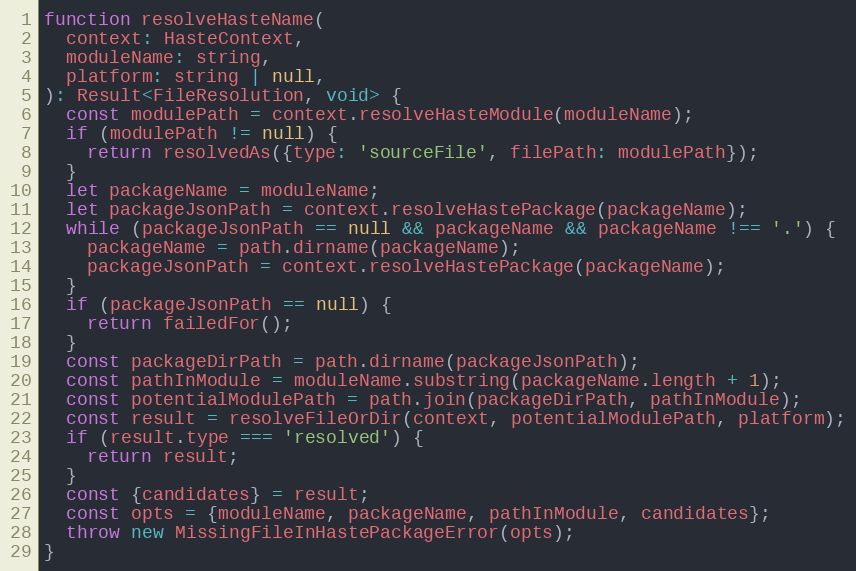
Language: JavaScript
function resolveHasteName(
  context: HasteContext,
  moduleName: string,
  platform: string | null,
): Result<FileResolution, void> {
  const modulePath = context.resolveHasteModule(moduleName);
  if (modulePath != null) {
    return resolvedAs({type: 'sourceFile', filePath: modulePath});
  }
  let packageName = moduleName;
  let packageJsonPath = context.resolveHastePackage(packageName);
  while (packageJsonPath == null && packageName && packageName !== '.') {
    packageName = path.dirname(packageName);
    packageJsonPath = context.resolveHastePackage(packageName);
  }
  if (packageJsonPath == null) {
    return failedFor();
  }
  const packageDirPath = path.dirname(packageJsonPath);
  const pathInModule = moduleName.substring(packageName.length + 1);
  const potentialModulePath = path.join(packageDirPath, pathInModule);
  const result = resolveFileOrDir(context, potentialModulePath, platform);
  if (result.type === 'resolved') {
    return result;
  }
  const {candidates} = result;
  const opts = {moduleName, packageName, pathInModule, candidates};
  throw new MissingFileInHastePackageError(opts);
}